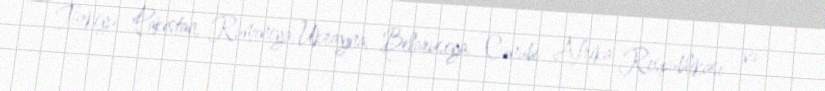
Türkiyə, Pakistan, Rumıniya, Ukrayna, Belarusiya, Cənubi Afrika Respublikası və